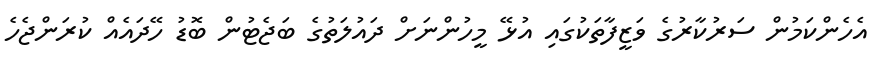
އެހެންކަމުން ސަރުކާރުގެ ވަޒީފާތަކުގައި އުޅޭ މީހުންނަށް ދައުލަތުގެ ބަޖެޓުން ބޮޑު ހޭދައެއް ކުރަންޖެހެ